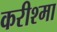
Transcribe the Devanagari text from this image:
करीश्मा